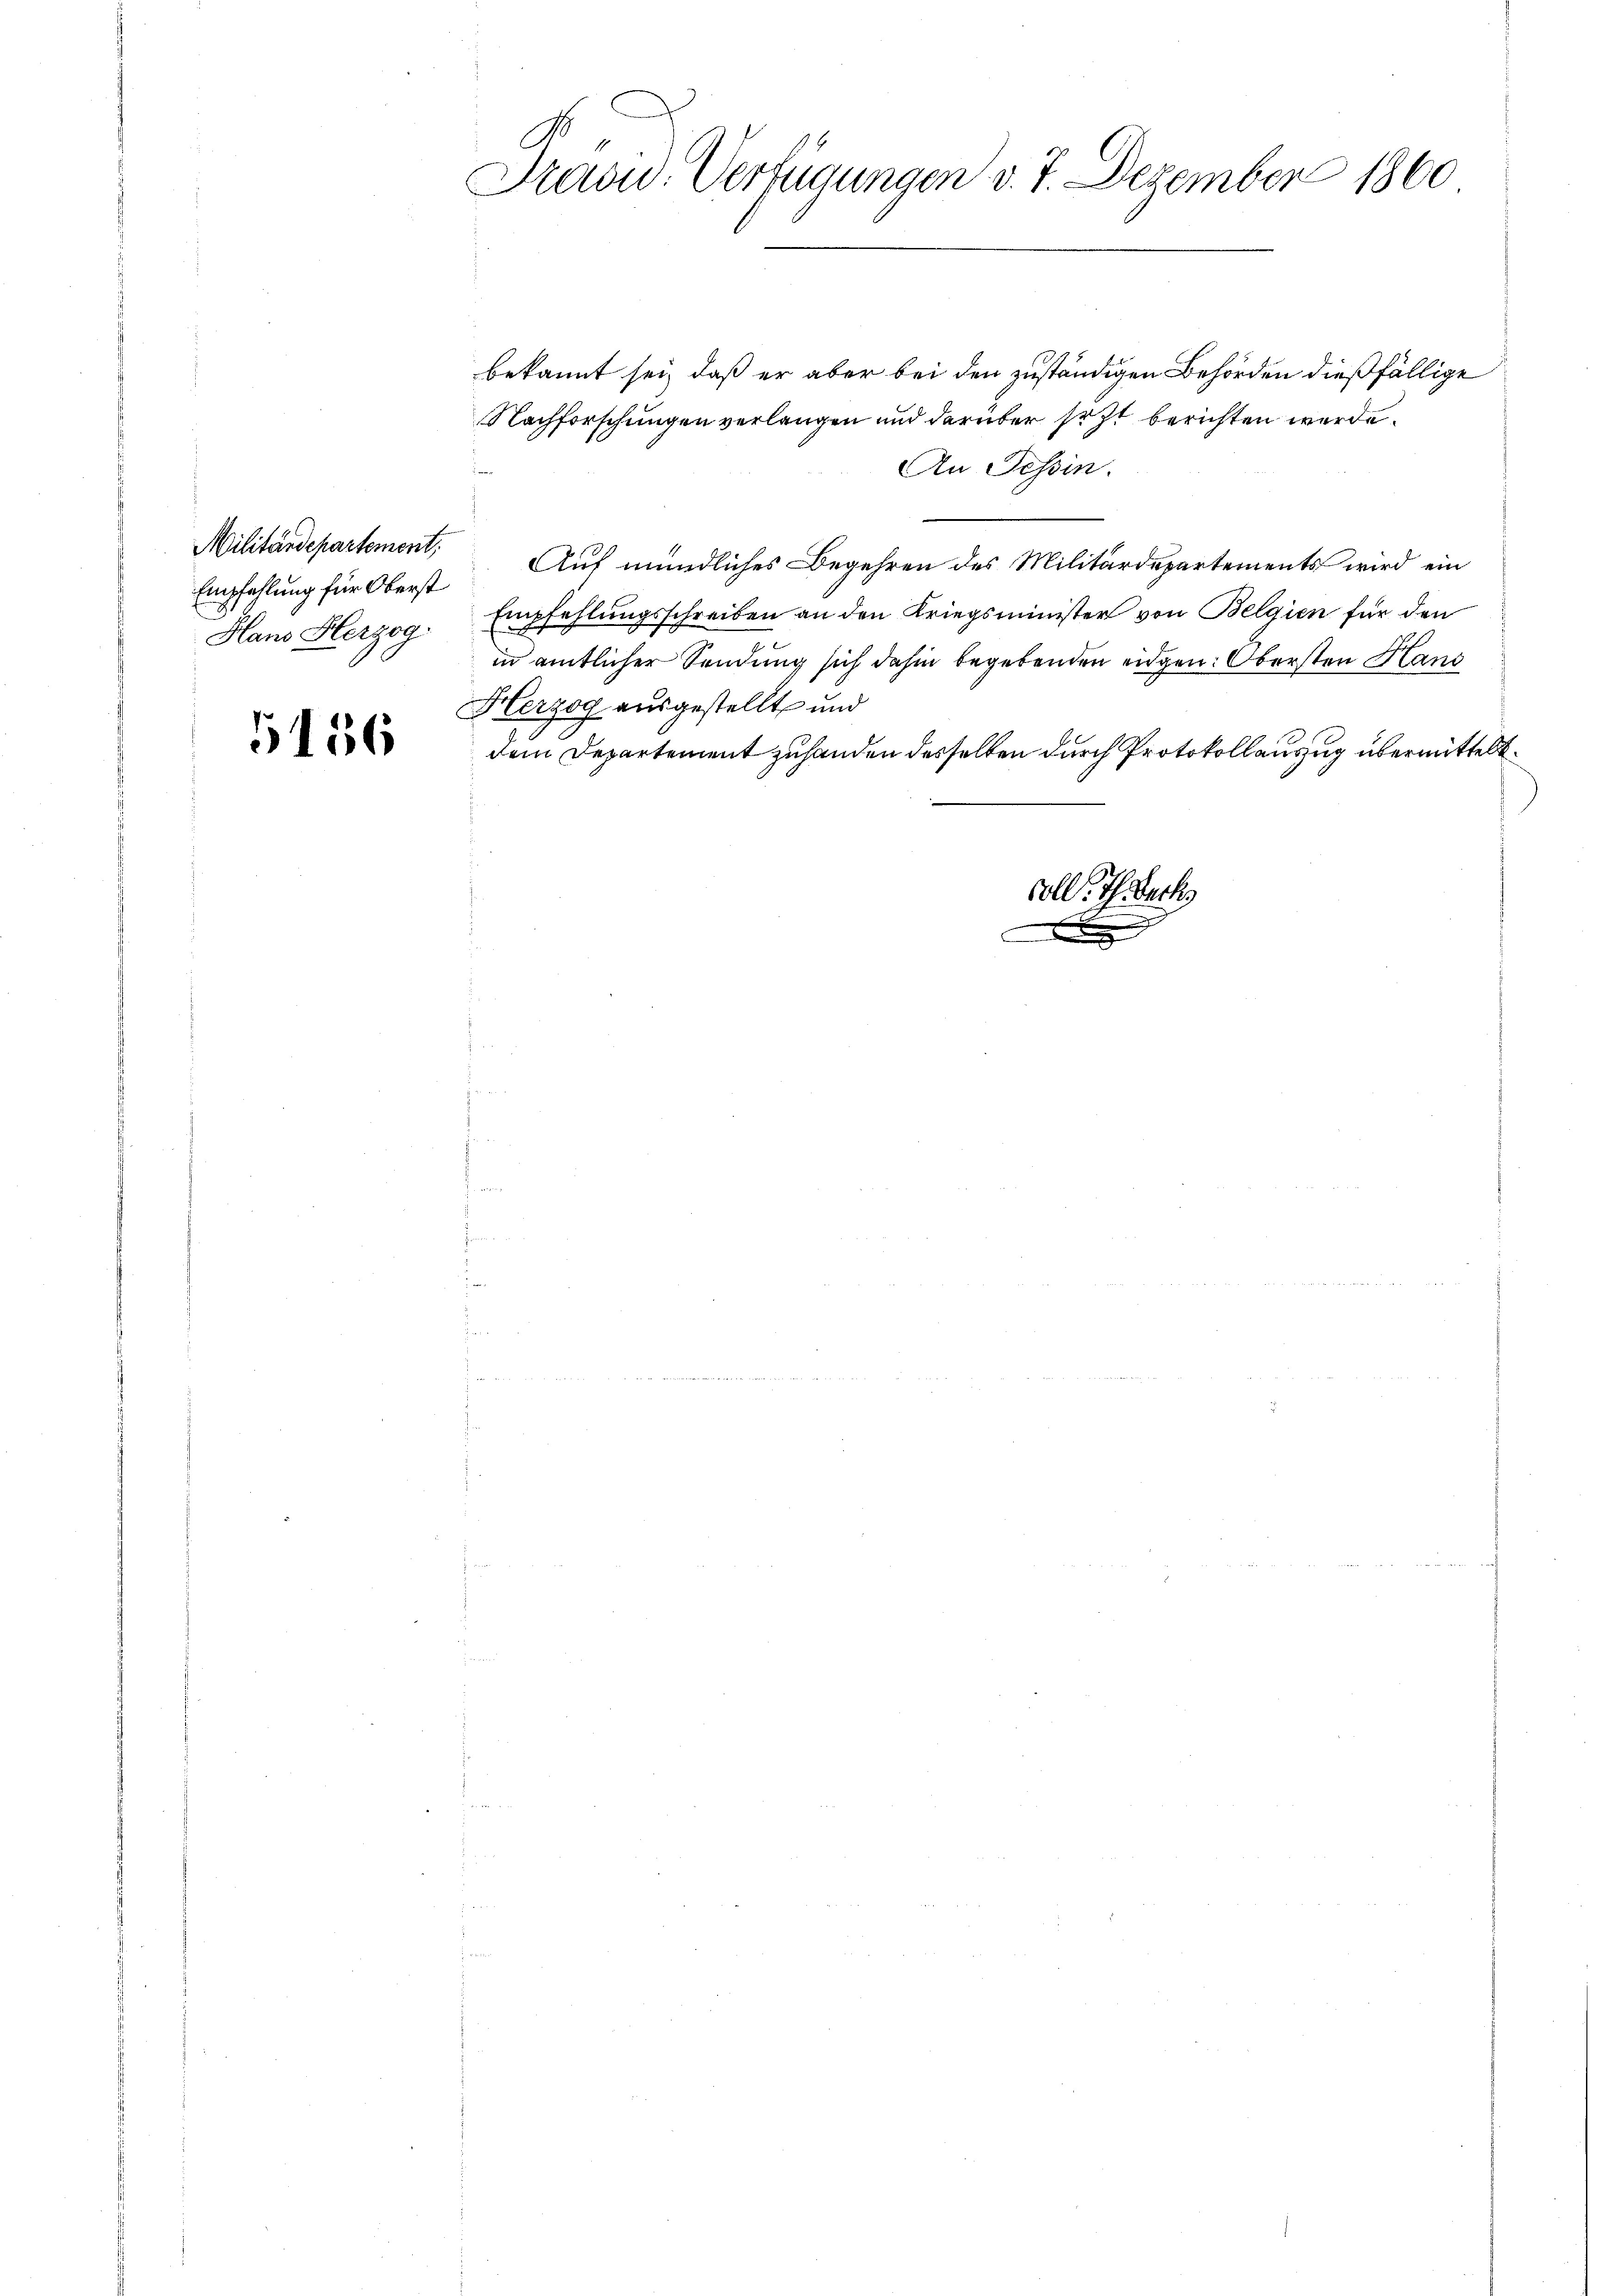
Empfehlung für Oberst
Hans Herzog

5156

Präsid. Verfügungen d. 7. Dezember 1860
xx

bekannt sei, daß er aber bei den zuständigen Behörden dießfällige
Nachforschungen verlangen und darüber sezt berichten werde.
An Tessin.
Militärdepartement. Auf mündliches Begehren des Militärdepartements wird ein
Empfehlungsschreiben an den Kriegsminister von Belgien für den
in amtlicher Sendung sich dahin begebenden eidgen: Obersten Hans
Herzog ausgestellt und
dem Departement zuhanden desselben durch Protokollauszug übermittelt.
oll. Th. Beck